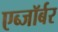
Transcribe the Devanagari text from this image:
एब्जॉर्बर